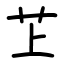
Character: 䒙